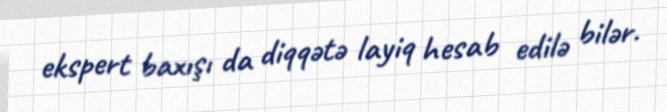
ekspert baxışı da diqqətə layiq hesab edilə bilər.